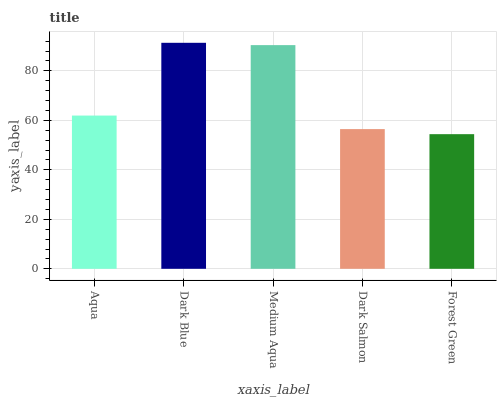
| xaxis_label | bars |
 | --- | --- |
 | Aqua | 61.9 |
 | Dark Blue | 91.3 |
 | Medium Aqua | 90.4 |
 | Dark Salmon | 56.5 |
 | Forest Green | 54.4 |